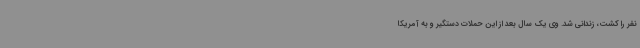
نفر را کشت، زندانی شد. وی یک سال بعد از این حملات دستگیر و به آمریکا